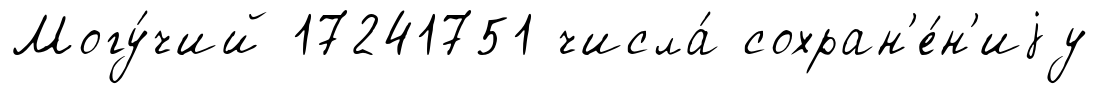
Могу́чий 17241751 числа́ сохран'е́н'иjу